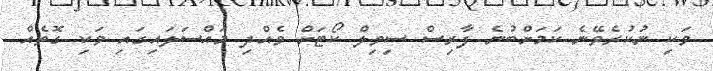
ވަކި ނުކުރެވޭނެ ކަމަށްބުނެ ފާރިސް ސިވިލް ކޯޓަށް ވެއްދި މައްސަލައިގައި ވަކި ގޮތެއް